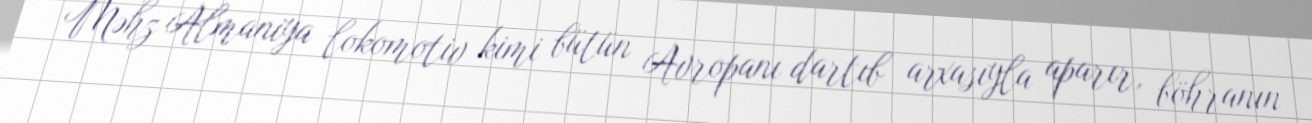
Məhz Almaniya lokomotiv kimi bütün Avropanı dartıb arxasıyla aparır, böhranın